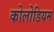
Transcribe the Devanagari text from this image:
कोलोडियम